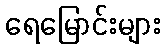
ရေမြောင်းများ